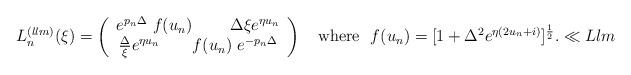
LaTeX: \begin{align*}L_{n}^{(llm)}(\xi) = \left( \begin{array}{c} e^{p_n \Delta }~f(u_n)~ \qquad {\Delta}{\xi}e^{\eta u_n} \\ \frac{\Delta}{\xi}e^{\eta u_n} \qquad f(u_n)~ e^{-p_n \Delta } \end{array} \right) \quad \mbox {where} \ \ f(u_n)=[ 1 + {\Delta^2} e^{\eta(2u_n+i)} ]^{{1 \over 2}}.\ll{Llm}\end{align*}